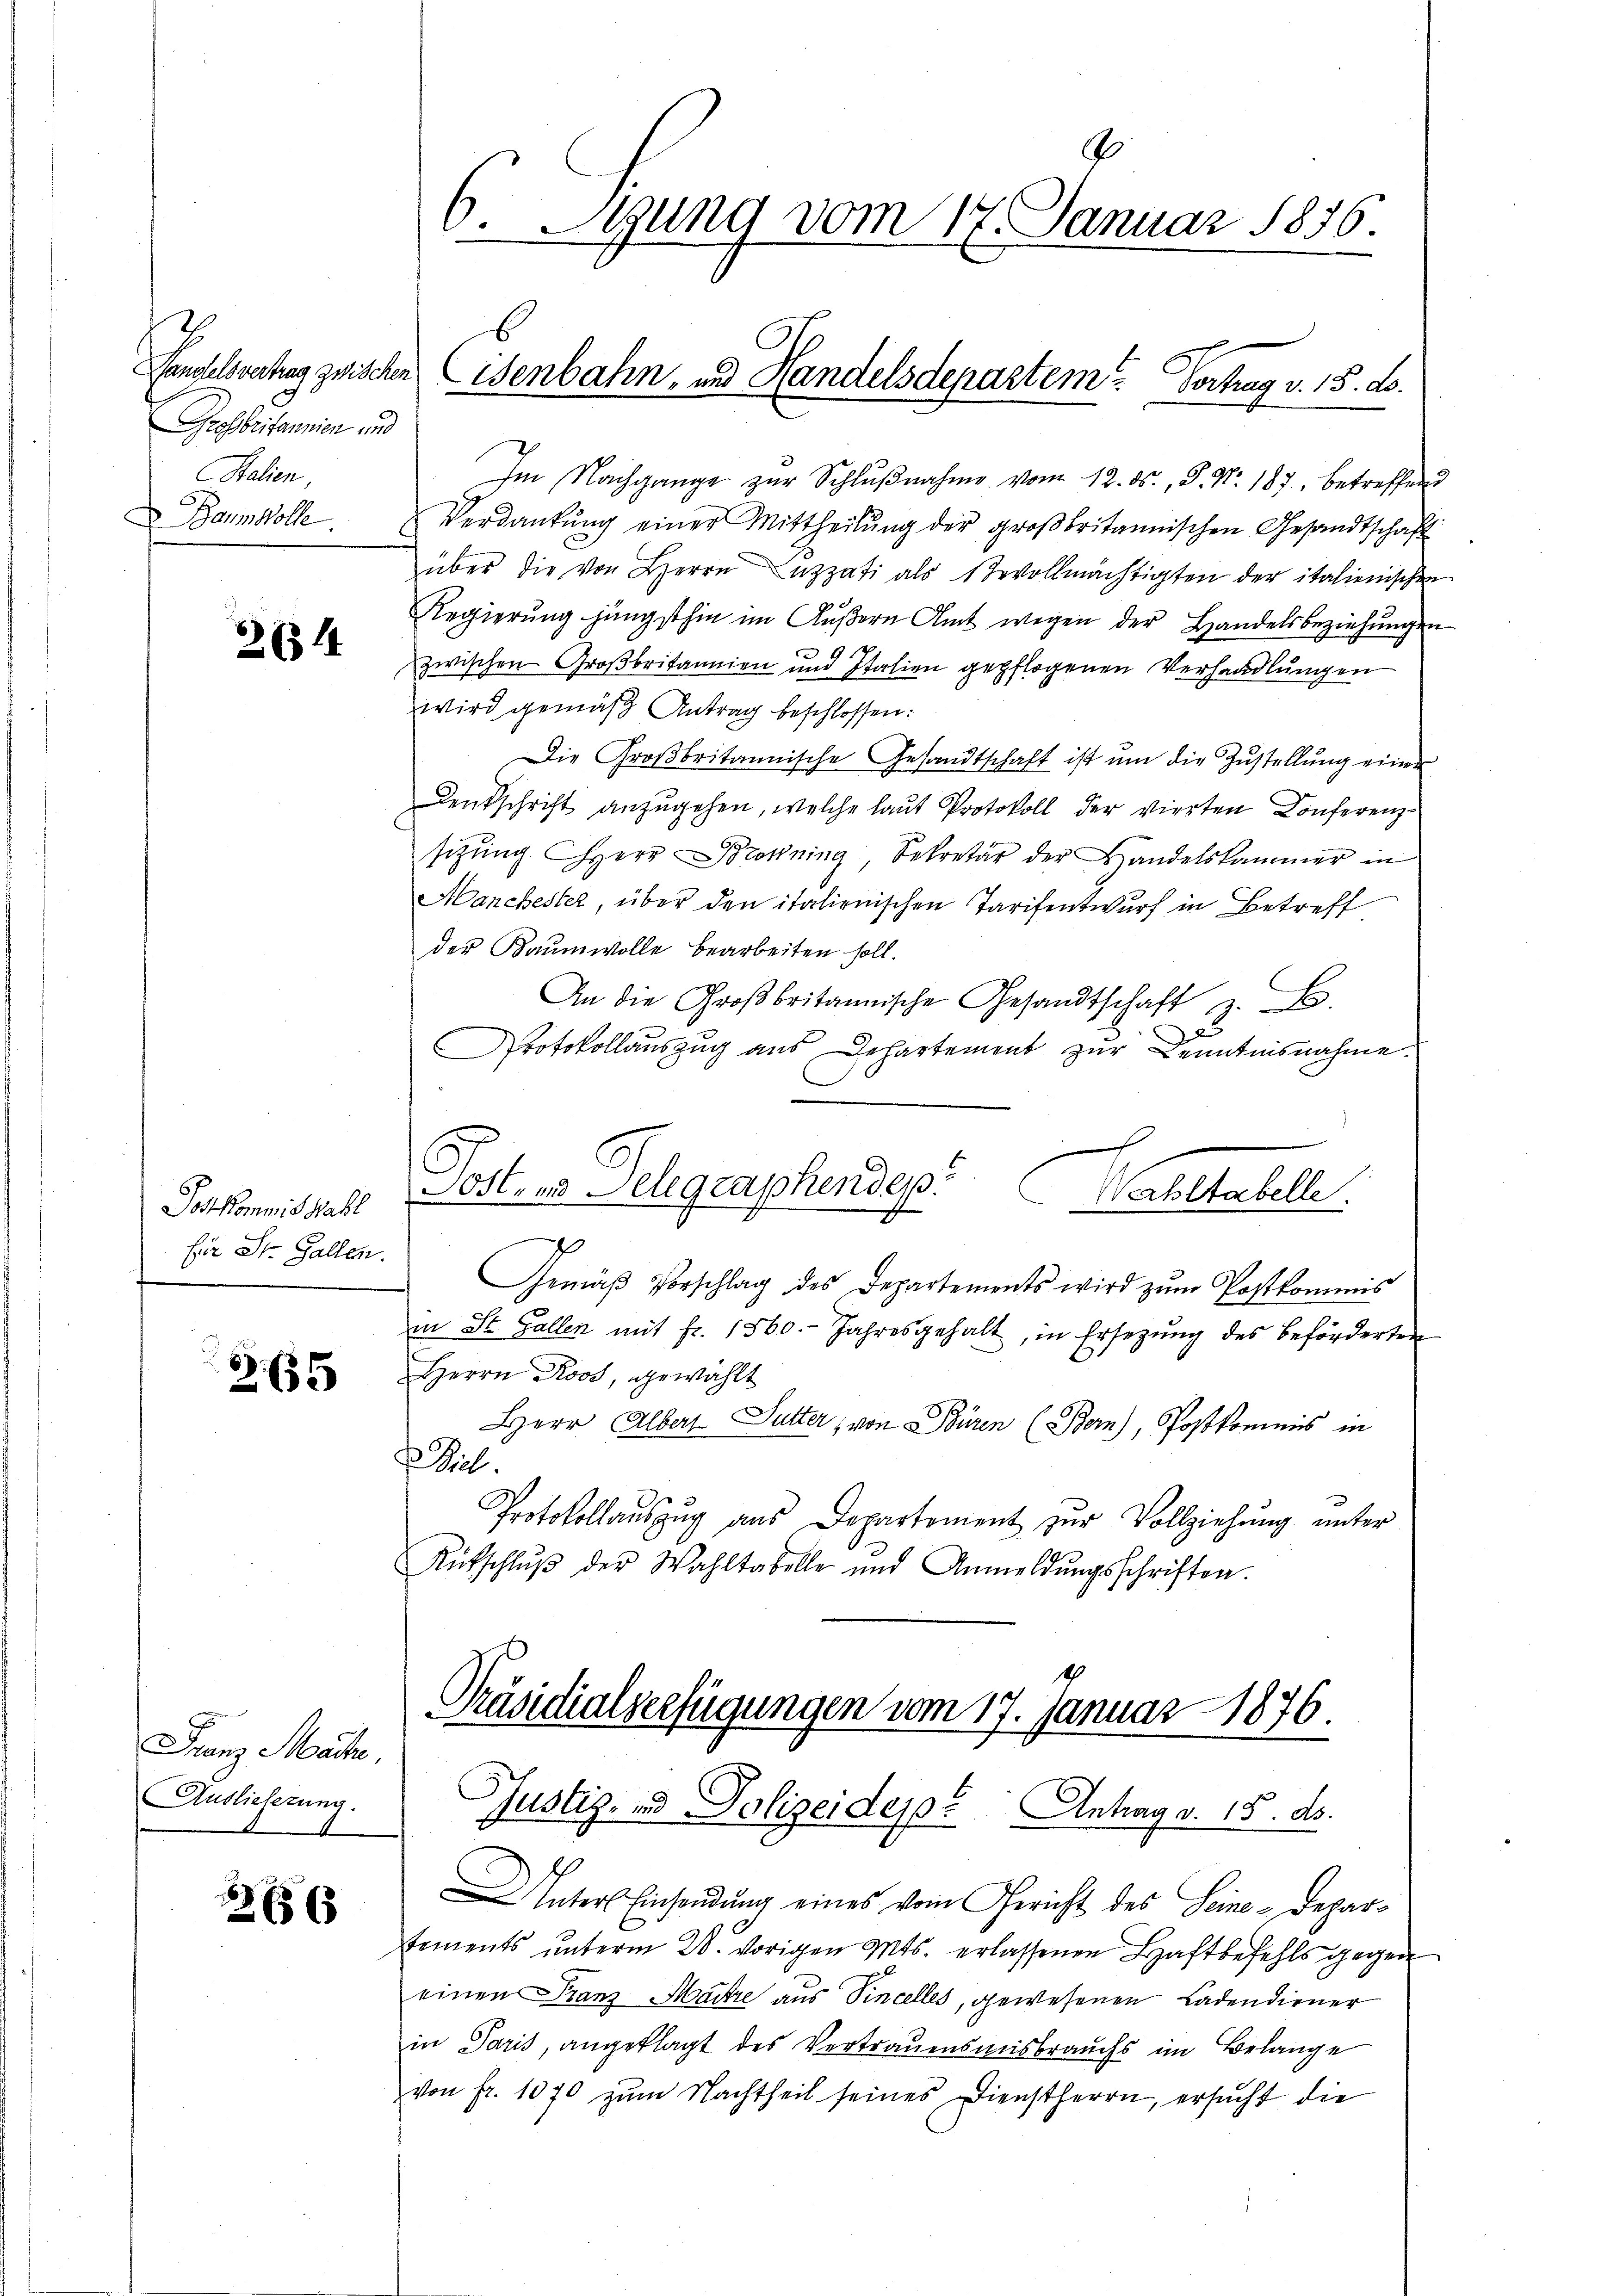
7
Grossbritannien und
Stalien,

263. 44

Joh kommis Hall
für St. Gallen.

3. 655

Franz Machte,
Auslieferung.

265

9
6. Stung vom 17. Januar 1876.

Im Nachgange zŭr Schlŭβnahme vom 12. ds., S. Nr. 187, betreffen
Baumwolle. Verdankŭng einer Mittheilŭng der groβbritannischen Gesandtschaft
über die von Herrn uzzati als Bevollmächtigten der italienischen
Regierung jüngsthin im Äußern Amt wegen der Handelsbeziehungen
zwischen Großbritannien und Italien gepflogenen Verhandlungen
wird gemäß Antrag beschlossen:
Die Großbritannische Gesandtschaft ist ŭm die Zŭstellŭng einer
Denkschrift anzŭgehen, welche laut Protokoll der vierten Conferenzsitzung Herr Brochning, Sekretär der Handelskammer in
Manchester, über den italienischen Tarifentwurf in Betreff
der Kaumwolle bearbeiten soll.
An die Großbritannische Gesandtschaft z. B.
D
Protokollauszug aus Departement zur Kenntnisnahme.
Gemäβ Vorschlag des Departements wird zŭm Postkommis
in St. Gallen mit Fr. 1560. Jahresgehalt, in Ersetzŭng des beförderten
Herrn Roos, gewählt
Herr Albers Futter, von Büren (Bern), Postkommis in
Biel.
Protokollauszug aus Departement zur Vollziehung unter
Rütschlŭβ der Wahltabelle und Anmeldŭngsschriften.
Präsidialverfügungen vom 17. Januar 1876.
Justiz- und Polizeideppe Antrag v. 18. ds.
Unter Einsendung eines vom Gericht des Seine-Departements ŭnterm 28. vorigen Mts. erlassenen Haftbefehls gegen
einen Franz Maitre aus Vincelles, gewesenen Ladendiener
in Paris, angeklagt des Vertrauensmisbrauchs im Belange
von fr. 1070 zum Nachtheil seines Dienstherrn, ersucht die

Landelsvertrag zwischen Eisenbahn, und Handelsdepartem Vortrag v. 15. d.

Post- u. Telegraphendep

Kaulentelle.